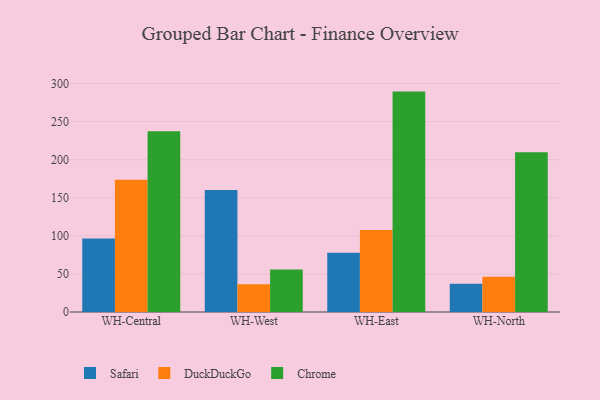
{"axis": {"x": "Warehouse", "y": "Page Views"}, "legend": ["Chrome", "DuckDuckGo", "Safari"], "data": [{"x": "WH-Central", "y": 96.5, "type": "Safari"}, {"x": "WH-Central", "y": 173.7, "type": "DuckDuckGo"}, {"x": "WH-Central", "y": 237.1, "type": "Chrome"}, {"x": "WH-West", "y": 160.0, "type": "Safari"}, {"x": "WH-West", "y": 36.4, "type": "DuckDuckGo"}, {"x": "WH-West", "y": 55.7, "type": "Chrome"}, {"x": "WH-East", "y": 77.8, "type": "Safari"}, {"x": "WH-East", "y": 107.7, "type": "DuckDuckGo"}, {"x": "WH-East", "y": 289.3, "type": "Chrome"}, {"x": "WH-North", "y": 37.0, "type": "Safari"}, {"x": "WH-North", "y": 46.4, "type": "DuckDuckGo"}, {"x": "WH-North", "y": 209.6, "type": "Chrome"}]}